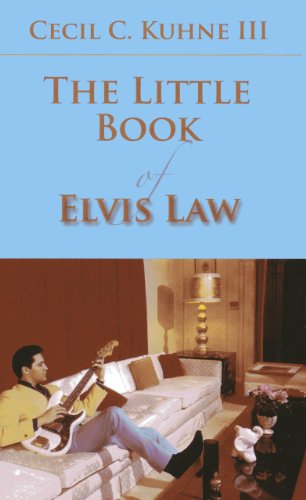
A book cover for The Little Book of Elvis Law (ABA Little Books Series); Cecil C., III Kuhne ; Law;